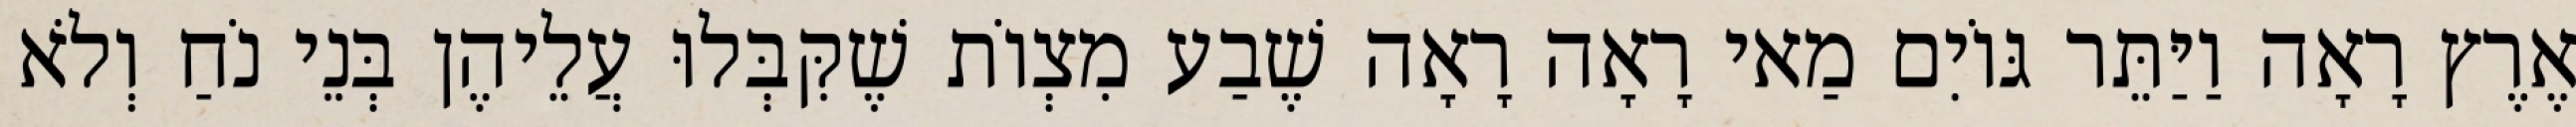
אֶרֶץ רָאָה וַיַּתֵּר גּוֹיִם מַאי רָאָה רָאָה שֶׁבַע מִצְוֹת שֶׁקִּבְּלוּ עֲלֵיהֶן בְּנֵי נֹחַ וְלֹא